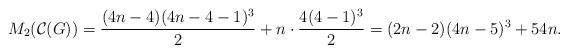
LaTeX: \begin{align*} M_{2}(\mathcal{C}(G))= \dfrac{(4n-4)(4n-4-1)^{3}}{2}+n \cdot \dfrac{4(4-1)^{3}}{2}= (2n-2)(4n-5)^{3}+54n.\end{align*}